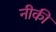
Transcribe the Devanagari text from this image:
नीकी